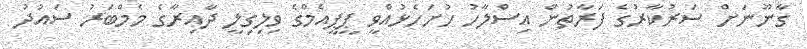
ގާނޫނަށް ސަރުކާރުގެ ފަރާތުން އިސްލާހު ހުށަހެޅުއްވީ ޕީޕީއެމްގެ ވިލިގިލީ ދާއިރާގެ މެމްބަރު ސައުދު